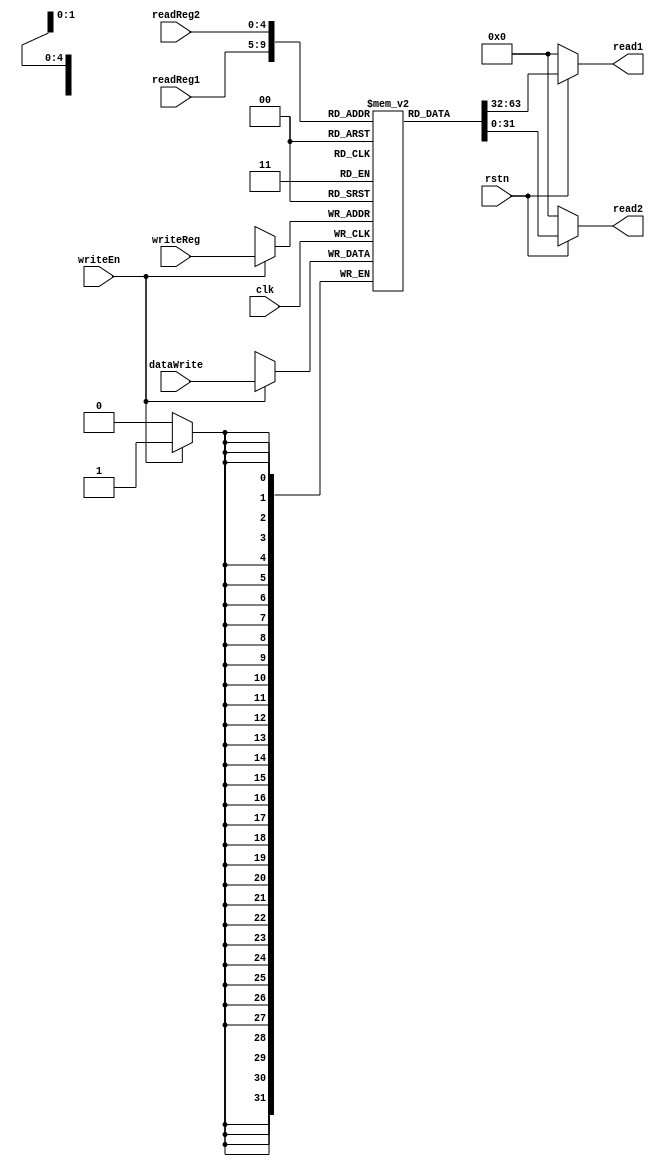
`timescale 1ns / 1ps

module regFile(
    input clk,
    input writeEn,
    input rstn,
    input [4:0] readReg1,
    input [4:0] readReg2,
    input [4:0] writeReg,
    input [31:0] dataWrite,
    output [31:0] read1,
    output [31:0] read2
    );
    
    reg [31:0] register [31:0];
    
    assign read1 = rstn ? register[readReg1] : 0;
    assign read2 = rstn ? register[readReg2] : 0;
    
    always@(posedge clk) begin
        if(writeEn)
            register[writeReg] <= dataWrite;          
    end
endmodule